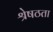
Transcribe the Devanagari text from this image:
श्रेषठता